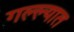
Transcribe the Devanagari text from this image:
गल्ल्यात